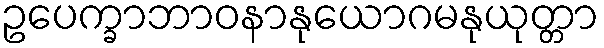
ဥပေက္ခာဘာဝနာနုယောဂမနုယုတ္တာ